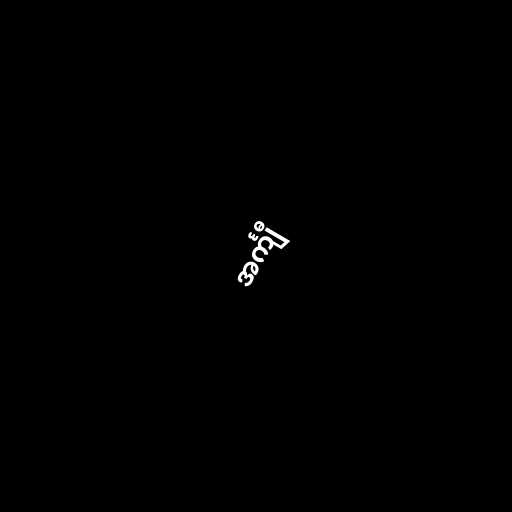
အင်္ကျီ